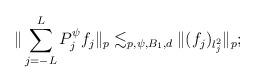
LaTeX: \begin{align*}\| \sum_{j=-L}^L P_j^{\psi} f_j \|_p \lesssim_{p,\psi, B_1,d} \| (f_j)_{l_j^2} \|_p;\end{align*}